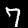
Digit: 7